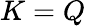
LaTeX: K=Q